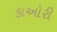
કાઓરી